Scottish Leaving Certificate Examination, 1952
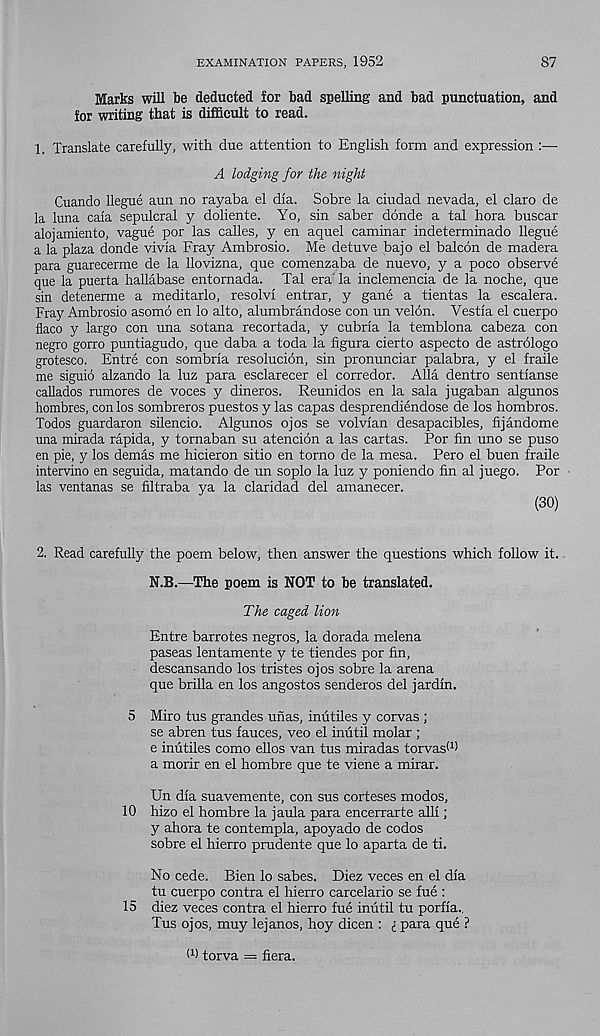
EXAMINATION PAPERS, 1952
87
Marks will be deducted for bad spelling and bad punctuation, and
for writing that is difficult to read.
1. Translate carefully, with due attention to English form and expression
A lodging for the night
Cuando llegue aun no rayaba el dla. Sobre la ciudad nevada, el claro de
la luna caia sepulcral y doliente. Yo, sin saber donde a tal hora buscar
alojamiento, vague por las calles, y en aquel caminar indeterminado llegue
a la plaza donde vivia Fray Ambrosio. Me detuve bajo el balcon de madera
para guarecerme de la llovizna, que comenzaba de nuevo, y a poco observe
que la puerta hallabase entornada. Tal era' la inclemencia de la noche, que
sin detenerme a meditarlo, resolvl entrar, y gane a tientas la escalera.
Fray Ambrosio asomo en lo alto, alumbrandose con un velon. Vestla el cuerpo
flaco y largo con una sotana recortada, y cubrla la temblona cabeza con
negro gorro puntiagudo, que daba a toda la figura cierto aspecto de astrologo
grotesco. Entre con sombria resolucion, sin pronunciar palabra, y el fraile
me siguio alzando la luz para esclarecer el corredor. Alla dentro sentfanse
callados rumores de voces y dineros. Reunidos en la sala jugaban algunos
hombres, con los sombreros puestos y las capas desprendiendose de los hombros.
Todos guardaron silencio. Algunos ojos se volvfan desapacibles, fijandome
una mirada rapida, y tornaban su atencion a las cartas. Por fin uno se puso
en pie, y los demas me hicieron sitio en torno de la mesa. Pero el buen fraile
intervino en seguida, matando de un soplo la luz y poniendo fin al juego. Por
las ventanas se filtraba ya la claridad del amanecer.
(30)
2. Read carefully the poem below, then answer the questions which follow it.
N.B.—The poem is NOT to be translated.
The caged lion
Entre barrotes negros, la dorada melena
paseas lentamente y te tiendes por fin,
descansando los tristes ojos sobre la arena
que brilla en los angostos senderos del jardin.
5 Miro tus grandes unas, inutiles y corvas ;
se abren tus fauces, veo el inutil molar ;
e inutiles como ellos van tus miradas torvasO)
a morir en el hombre que te viene a mirar.
Un dfa suavemente, con sus corteses modos,
10 hizo el hombre la jaula para encerrarte alii;
y ahora te contempla, apoyado de codos
sobre el hierro prudente que lo aparta de ti.
No cede. Bien lo sabes. Diez veces en el dia
tu cuerpo contra el hierro carcelario se fue :
15 diez veces contra el hierro fue inutil tu porfia..
Tus ojos, muy lejanos, hoy dicen : £ para que ?
O) torva = fiera.